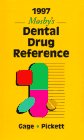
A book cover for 1997 Mosby's Dental Drug Reference; Tommy W. Gage; Medical Books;